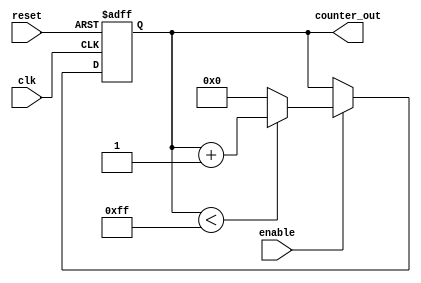
module up_counter #(
    parameter INITIAL_VALUE = 8'b00000000,  // Define the initial value
    parameter MAX_VALUE = 8'b11111111       // Define the maximum count value
)(
    input clk,              // Clock input
    input reset,            // Asynchronous reset input
    input enable,           // Enable input to start counting
    output reg [7:0] counter_out  // 8-bit counter output
);
    
    // Always block triggered on the clock edge
    always @(posedge clk or posedge reset) begin
        if (reset) begin
            // If reset is high, set counter to initial value
            counter_out <= INITIAL_VALUE;
        end else if (enable) begin
            // If enable is high, increment the counter
            if (counter_out < MAX_VALUE) begin
                counter_out <= counter_out + 1;
            end else begin
                // If counter reaches the maximum value and wraps around to initial value
                counter_out <= INITIAL_VALUE;
            end
        end
        // If enable is low, maintain current state (no else branch needed)
    end

endmodule